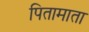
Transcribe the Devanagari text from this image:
पितामाता